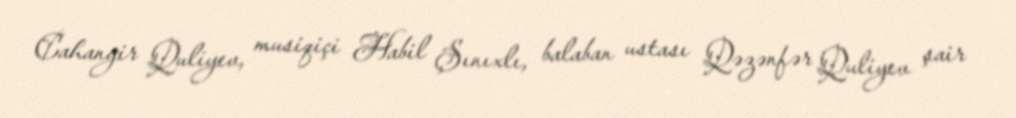
Cahangir Quliyev, musiqiçi Habil Şınıxlı, balaban ustası Qəzənfər Quliyev şair